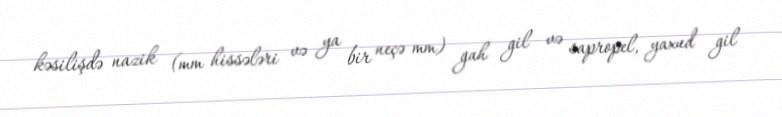
kəsilişdə nazik (mm hissələri və ya bir neçə mm) gah gil və sapropel, yaxud gil